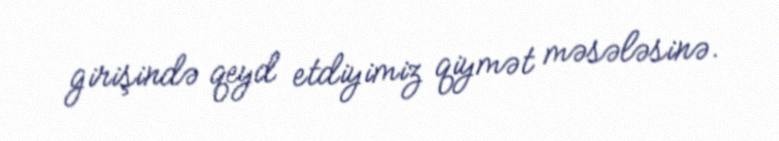
girişində qeyd etdiyimiz qiymət məsələsinə.